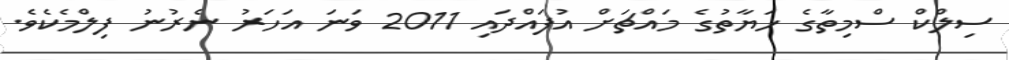
ސިލްކް ސްމިތާގެ ހަޔާތުގެ މައްޗަށް އުފައްދައި 2011 ވަނަ އަހަރު ނެރުނު ފިލްމެކެވެ.